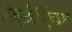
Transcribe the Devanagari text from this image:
रेकॉर्डिंगच्या